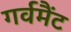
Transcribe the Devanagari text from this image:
गर्वमैंट